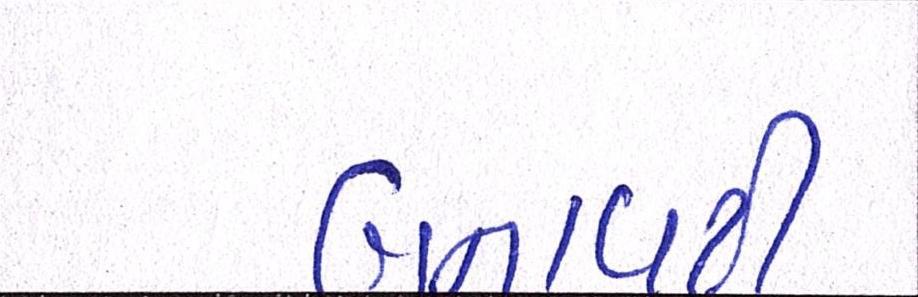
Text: બનાવટી